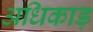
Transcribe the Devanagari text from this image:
अधिकाड़